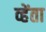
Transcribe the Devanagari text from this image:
व्हेंता